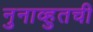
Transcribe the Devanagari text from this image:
नुनाव्हुतची